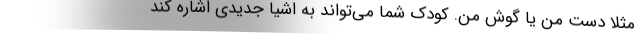
مثلا دستِ من یا گوشِ من. کودک شما می‌تواند به اشیا جدیدی اشاره کند